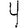
Digit: 4